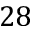
2 8